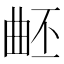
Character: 𣌹